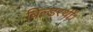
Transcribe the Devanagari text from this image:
बिल्डरथीं।